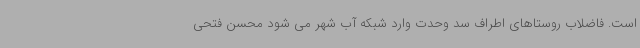
است. فاضلاب روستاهای اطراف سد وحدت وارد شبکه آب شهر می شود محسن فتحی